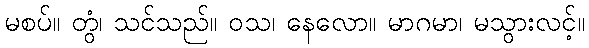
မစပ်။ တွံ၊ သင်သည်။ ဝသ၊ နေလော။ မာဂမာ၊ မသွားလင့်။